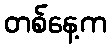
တစ်နေ့က